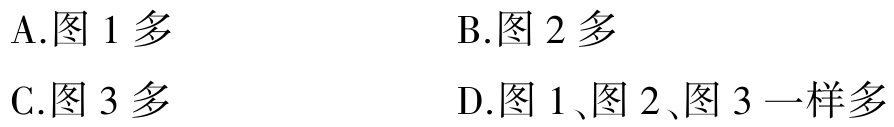
A.图 1 多
B.图 2 多
C.图 3 多
D.图 1、图 2、图 3 一样多